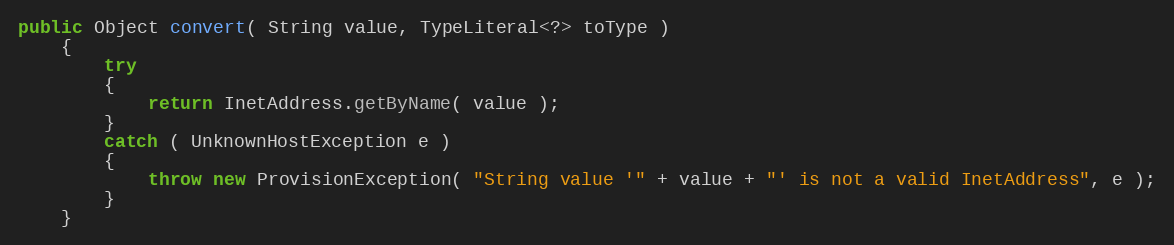
Language: Java
public Object convert( String value, TypeLiteral<?> toType )
    {
        try
        {
            return InetAddress.getByName( value );
        }
        catch ( UnknownHostException e )
        {
            throw new ProvisionException( "String value '" + value + "' is not a valid InetAddress", e );
        }
    }